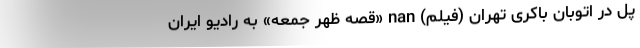
پل در اتوبان باکری تهران (فیلم) nan «قصه ظهر جمعه» به رادیو ایران